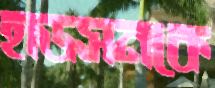
হাডসনকে